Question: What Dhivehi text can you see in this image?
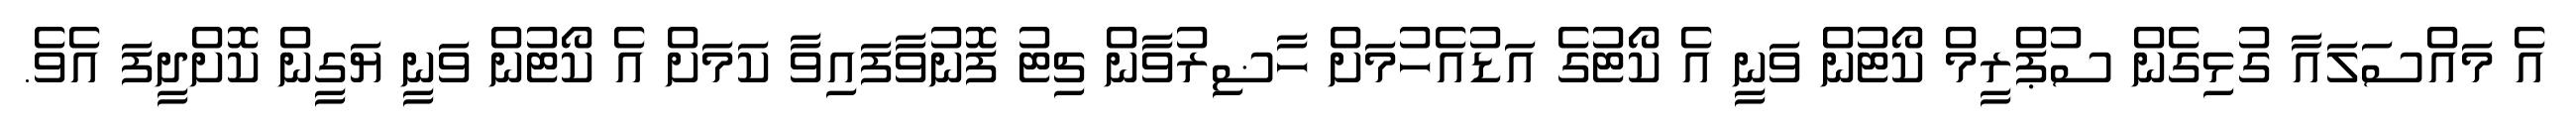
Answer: އެ މައްސަލައާ ގުޅިގެން ސުޕްރީމް ކޯޓުން ވަނީ އެ ކޯޓުގެ އަޑުއެހުމަށް ހާޟިރުވާން ޗިޓު ފޮނުވާފައިވާ ކަމަށް އެ ކޯޓުން ވަނީ ޔަގީން ކޮށްދީފަ އެވެ.